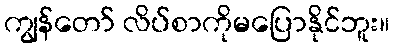
ကျွန်တော် လိပ်စာကိုမပြောနိုင်ဘူး။